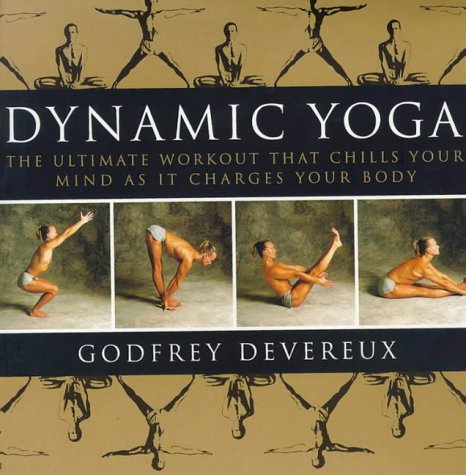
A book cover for Dynamic Yoga: The Ultimate Workout that Chills Your Mind as it Charges Your Body; Godfrey Devereux; Health, Fitness & Dieting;